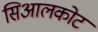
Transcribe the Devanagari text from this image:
सिआलकोट